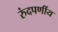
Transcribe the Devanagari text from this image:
रुंदपर्णीय